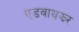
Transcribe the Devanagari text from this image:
एडवायझर